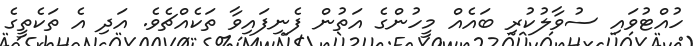
ހުއްޓުވައި ސުވާލުކުރި ބައެއް މީހުންގެ އަތުން ފެނިފައިވާ ތަކެއްޗެވެ. އަދި އެ ތަކެތީގެ